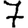
Digit: 7